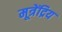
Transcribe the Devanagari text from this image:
मूत्रेंद्रिय